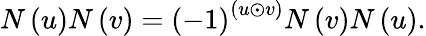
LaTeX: N\left(u\right)N\left(v\right)=\left(-1\right)^{\left(u\odot v\right)}N\left(v\right)N\left(u\right).